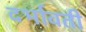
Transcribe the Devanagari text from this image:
दर्भावती